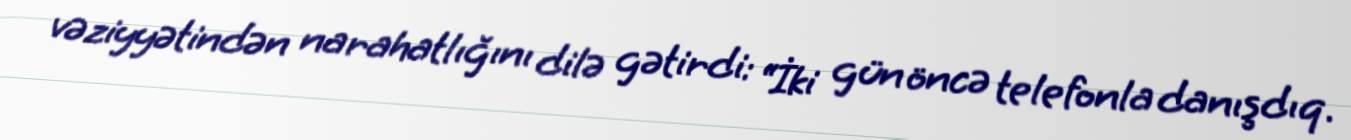
vəziyyətindən narahatlığını dilə gətirdi: “İki gün öncə telefonla danışdıq.